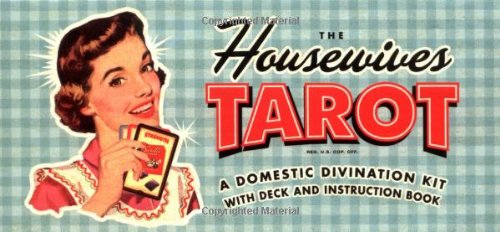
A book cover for The Housewives Tarot; Paul Kepple; Humor & Entertainment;